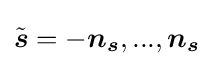
{\tilde {\boldsymbol {s}}}=-{\boldsymbol {n}}_{\boldsymbol {s}},...,{\boldsymbol {n}}_{\boldsymbol {s}}